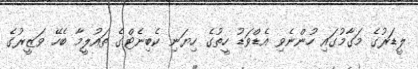
ލީޑަރުގެ މަގާމުގައި ހުންނެވި އެޑްވަޑު ހީތުގެ ހިޔަނި ކެބިނެޓްގެ ތައުލީމާ ބެހޭ ވަޒީރުގެ